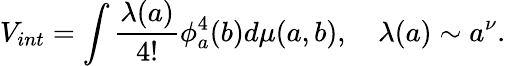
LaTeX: V_{int}=\int\frac{\lambda(a)}{4!}\phi_{a}^{4}(b)d\mu(a,b),\quad\lambda(a)\sim a^{\nu}.